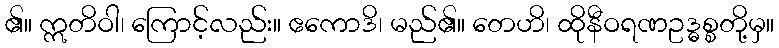
၏။ ဣတိဝါ၊ ကြောင့်လည်း။ ဧကောဒိ၊ မည်၏။ တေဟိ၊ ထိုနီဝရဏဥဒ္ဓစ္စတို့မှ။